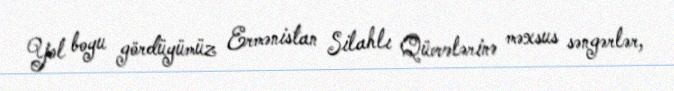
Yol boyu gördüyümüz Ermənistan Silahlı Qüvvələrinə məxsus səngərlər,